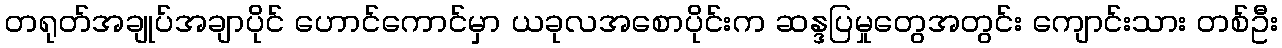
တရုတ်အချုပ်အချာပိုင် ဟောင်ကောင်မှာ ယခုလအစောပိုင်းက ဆန္ဒပြမှုတွေအတွင်း ကျောင်းသား တစ်ဦး